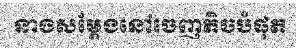
នាងសម្តែងនៅចេញតិចបំផុត